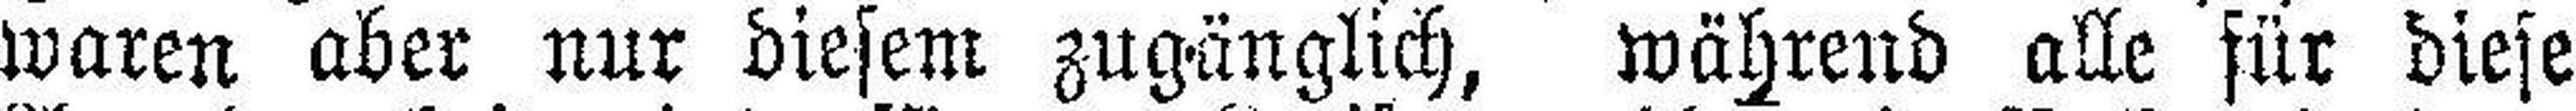
waren aber nur diesem zugänglich, während alle für diese